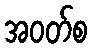
အဝတ်စ